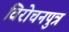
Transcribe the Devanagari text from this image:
विरोचनपुत्र